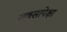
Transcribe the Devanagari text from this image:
जवसापेक्षा